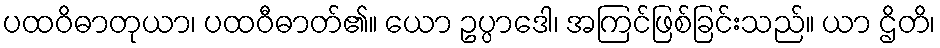
ပထဝိဓာတုယာ၊ ပထဝီဓာတ်၏။ ယော ဥပ္ပာဒေါ၊ အကြင်ဖြစ်ခြင်းသည်။ ယာ ဌိတိ၊